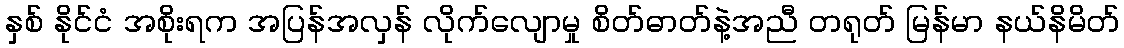
နှစ် နိုင်ငံ အစိုးရက အပြန်အလှန် လိုက်လျောမှု စိတ်ဓာတ်နဲ့အညီ တရုတ် မြန်မာ နယ်နိမိတ်